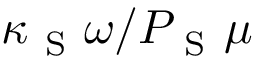
\kappa _ { \mathrm { ~ S ~ } } \omega / P _ { \mathrm { ~ S ~ } } \mu